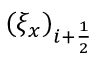
( \xi _ { x } ) _ { i + \frac { 1 } { 2 } }